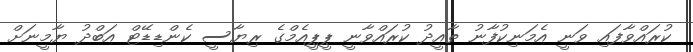
ކުރައްވާފައި ވަނީ އެމަނިކުފާނު ތާއީދު ކުރައްވާނީ ޕީޕީއެމްގެ ރިޔާސީ ކެންޑިޑޭޓް އަބްދު ޔާމީނަށް